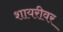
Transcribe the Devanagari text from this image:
शायरीवर